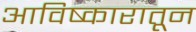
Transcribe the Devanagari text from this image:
आविष्कारातून